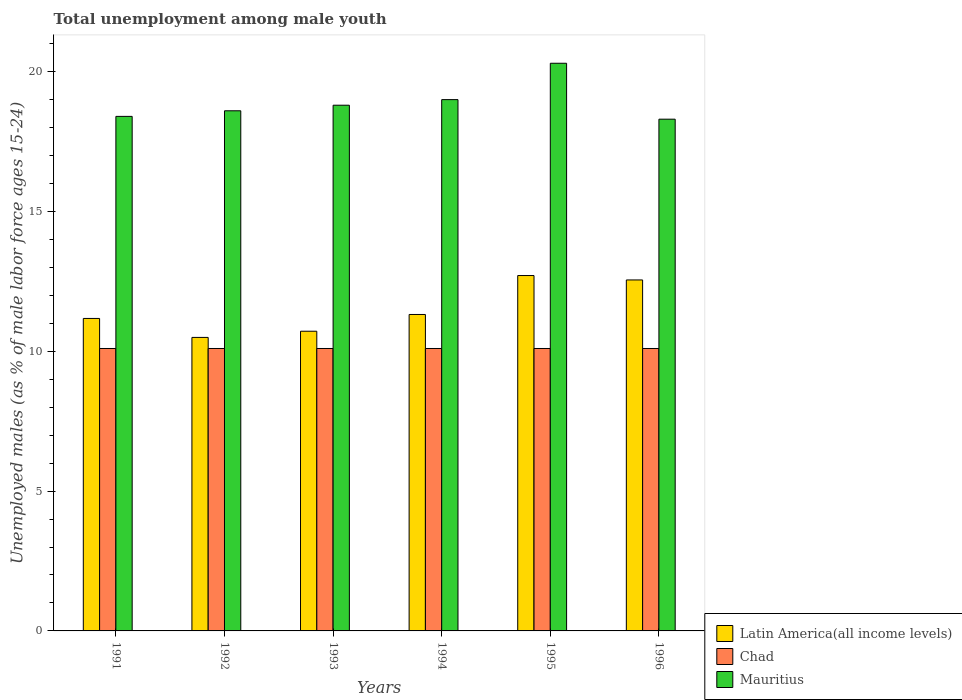
| Years | Latin America(all income levels) | Chad | Mauritius |
 | --- | --- | --- | --- |
 | 1991 | 11.2 | 10.1 | 18.4 |
 | 1992 | 10.5 | 10.1 | 18.6 |
 | 1993 | 10.7 | 10.1 | 18.8 |
 | 1994 | 11.3 | 10.1 | 19 |
 | 1995 | 12.7 | 10.1 | 20.3 |
 | 1996 | 12.6 | 10.1 | 18.3 |